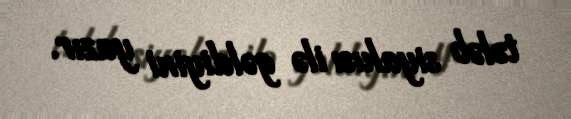
tələb siyahısı ilə gəldiyini yazır.